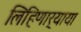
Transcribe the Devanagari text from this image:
लिहिणार्‍याया